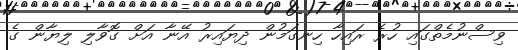
ވިސްނުމެތްގައި ހުރެ ރައިހާ ހިނގަމުން ދިޔައިރު އޭނާ އަށް ގޮވާލި ލިޔާން ގެ